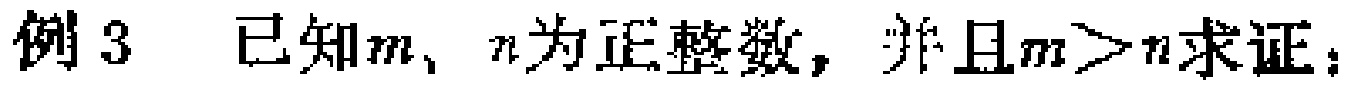
例3 已知\(m\)、\(n\)为正整数，并且\(m > n\)求证：